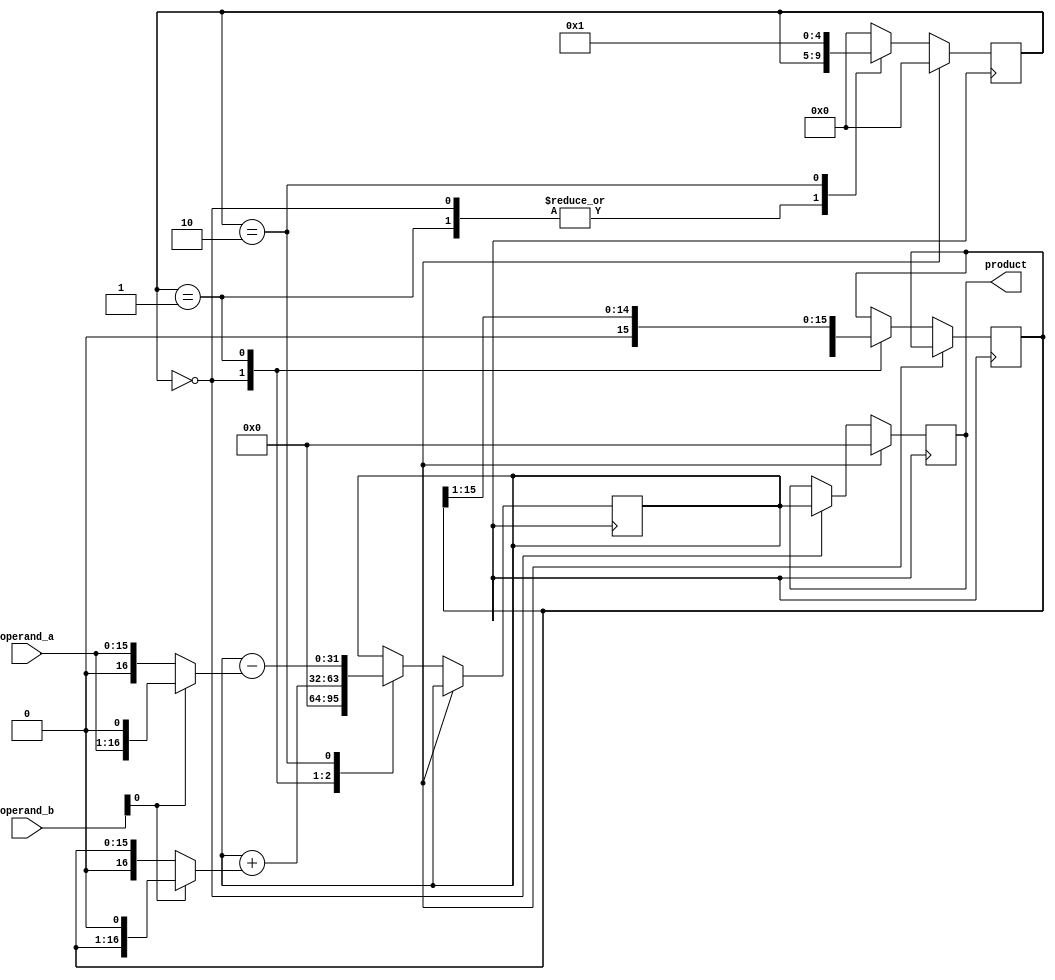
module booth_multiplier(
    input [15:0] operand_a,
    input [15:0] operand_b,
    output reg [31:0] product
);

// Intermediate signals
reg [15:0] a_shift;
reg [31:0] partial_product;
reg [4:0] stage_counter;

// Initialization
always @(posedge clk) begin
    if (reset) begin
        product <= 0;
        stage_counter <= 0;
    end else begin
        // Booth multiplier stages
        case (stage_counter)
            0: begin
                // Initialize partial product
                partial_product <= 0;
                a_shift <= operand_a;
            end
            1: begin
                // Generate partial product
                partial_product <= (partial_product + (operand_b[0] ? (a_shift << 1) : (a_shift)));
                a_shift <= a_shift >> 1;
            end
            2: begin
                // Accumulate partial product
                partial_product <= (partial_product - (operand_b[0] ? (operand_a << 1) : operand_a));                
                stage_counter <= 1;
            end
            default: begin
                stage_counter <= 0;
            end
        endcase
        
        // Final result calculation
        if (stage_counter == 0) begin
            product <= partial_product;
        end
    end
end

endmodule